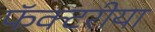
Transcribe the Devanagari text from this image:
फॅक्टरीया